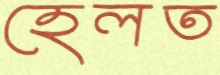
হেলত